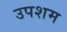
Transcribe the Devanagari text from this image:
उपशम